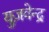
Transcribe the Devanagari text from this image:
युज़वेन्द्र